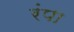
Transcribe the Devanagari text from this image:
रंपा